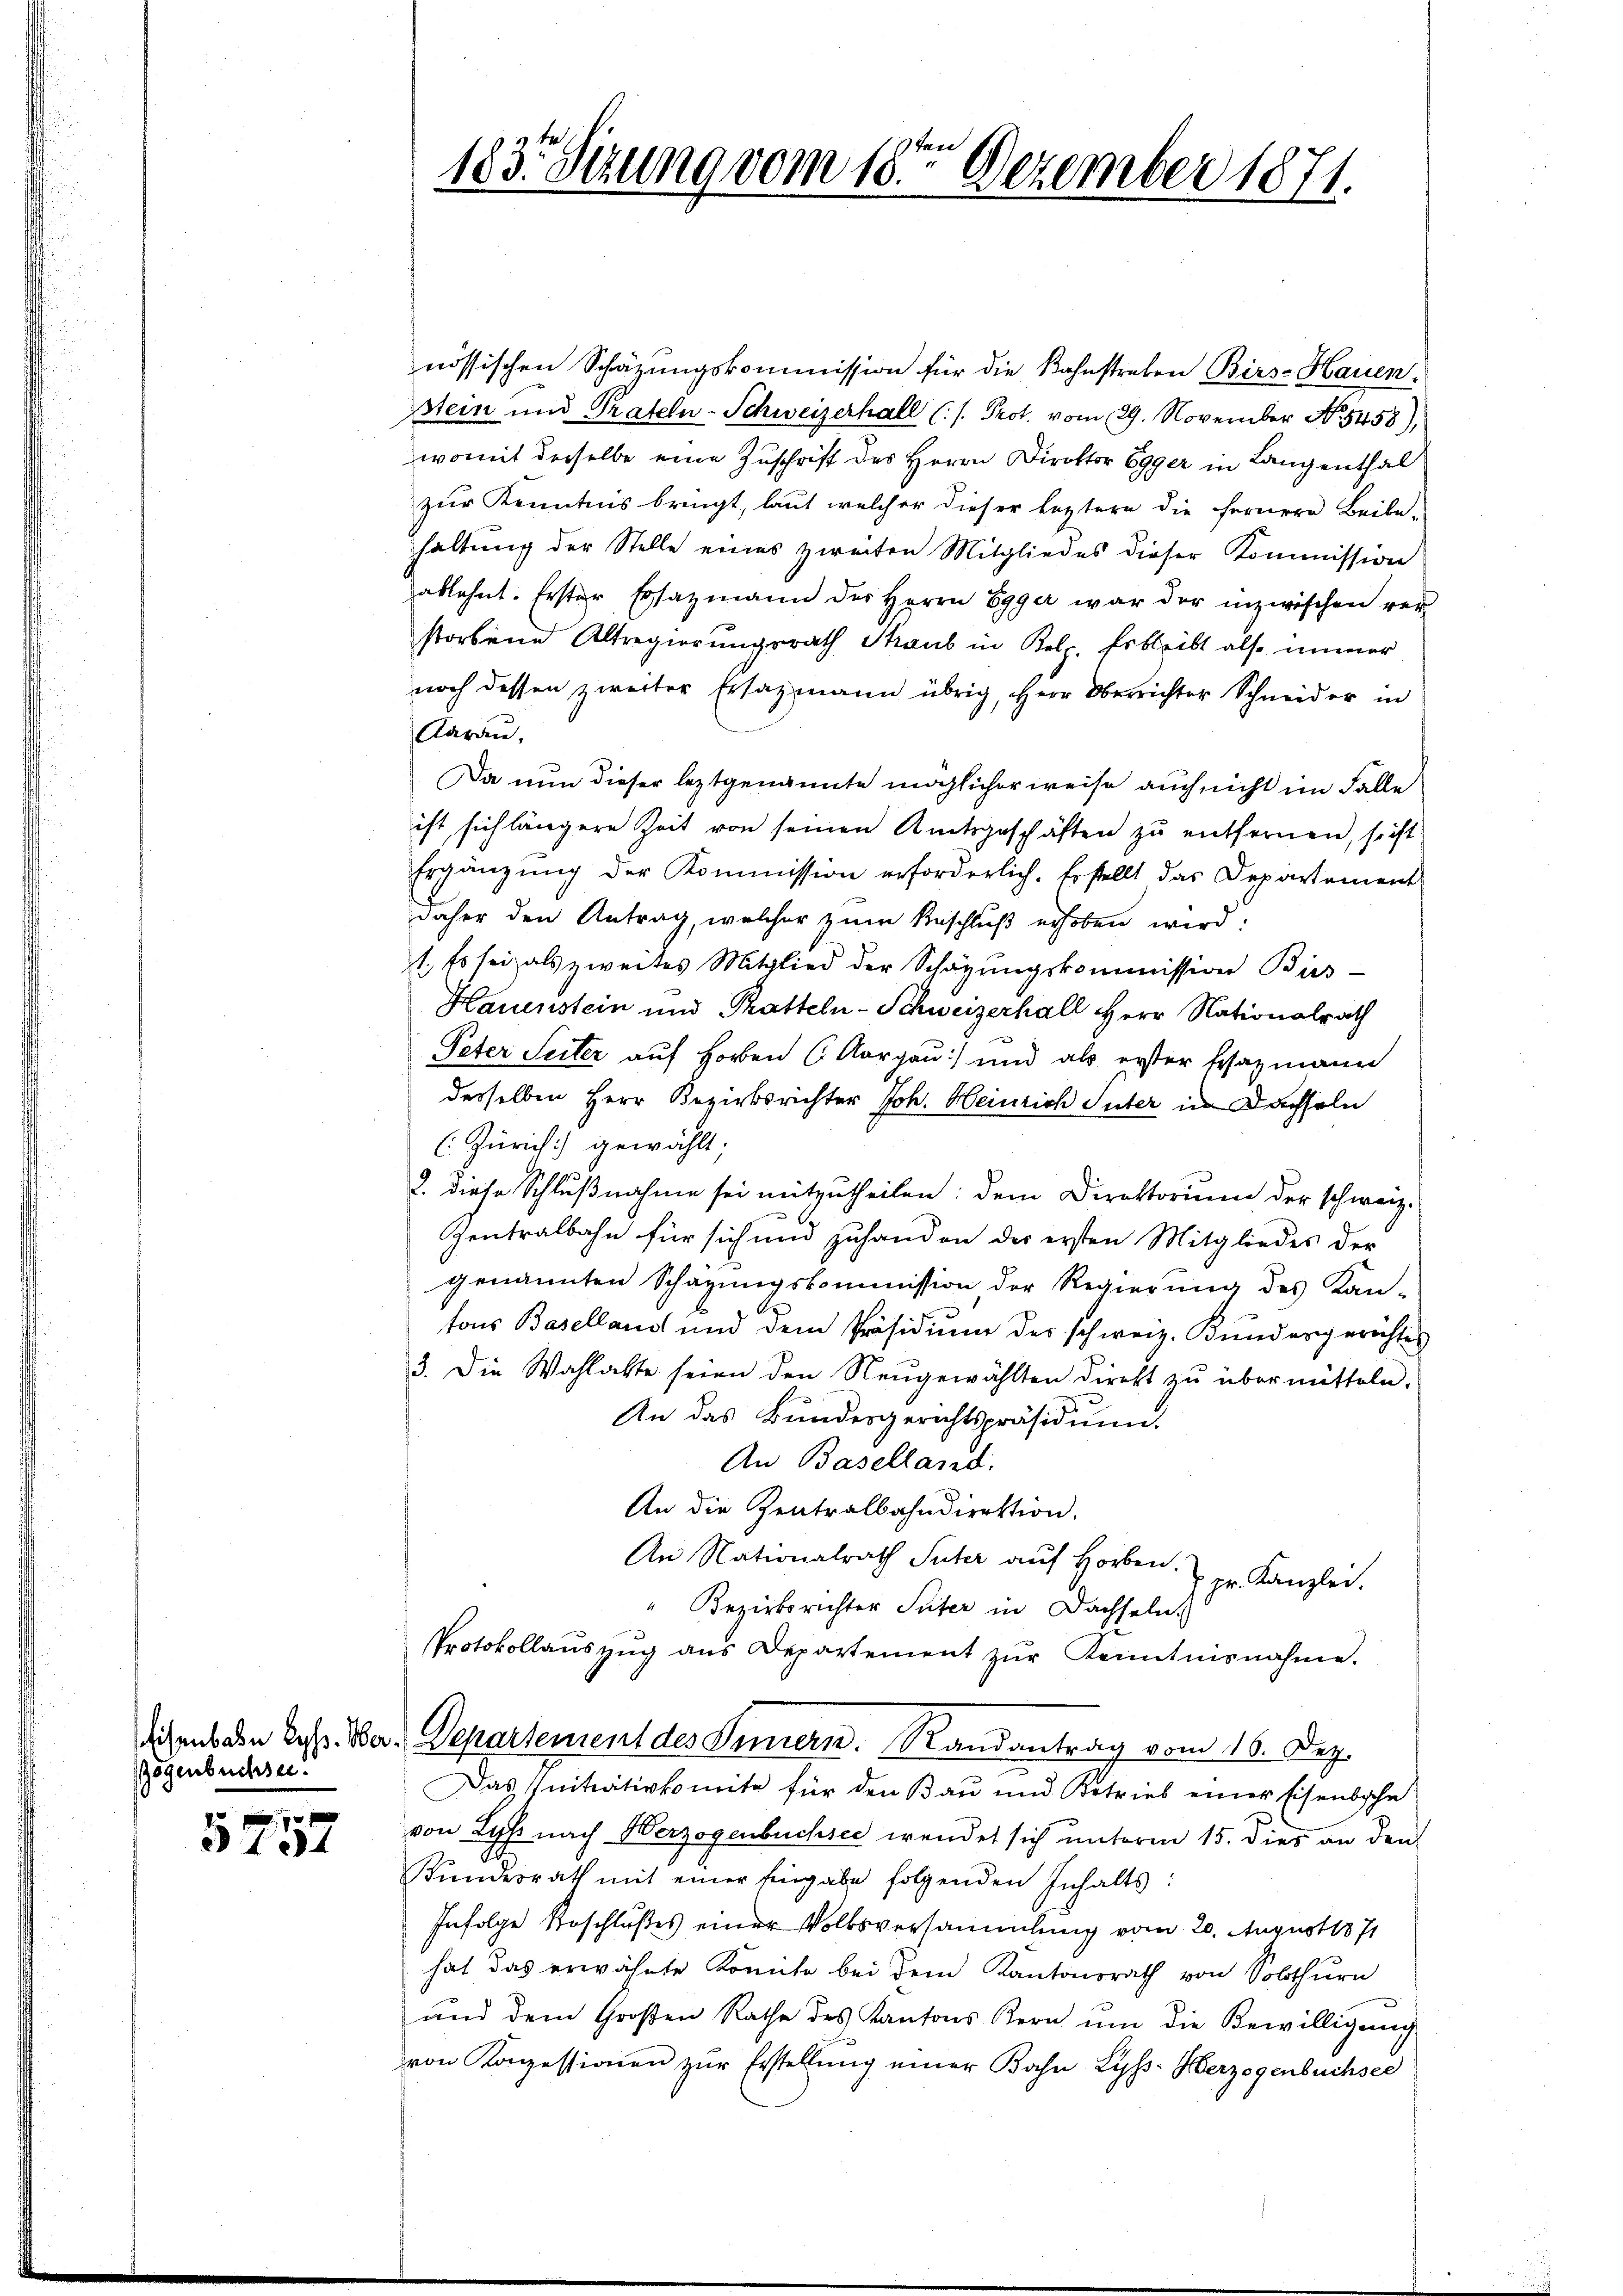
ogenbüchsee.

5757

nössischen Schätzungskommission für die Kahnstreben Birs-Hauen.
stein und Prafeln-Schweizerhall (s. Prot. vom 29. November N. 5458),
womit derselbe eine Zuschrift des Herrn Direktor Egger in Langenthal
zur Kenntnis bringt, laut welcher dieser leztern die fernere Beibe-
haltung der Stelle eines zweiten Mitgliedes dieser Kommission
ablehnt. Erster Ersatzmann des Herrn Egger war der inzwischen ver-
storbene Altregierungsrath Straub in Kel. Erbleibt also immer
noch dessen zweiter Ersatzmann übrig, Herr Oberrichter Schneider in
Aarau,
Da nun dieser leztgenannte möglicher weise auch nicht im Falle
ist sich längere Zeit von seinen Amtsgeschäften zu entfernen, so ist
Ergänzung der Kommission erforderlich. Erstellt das Departement
daher den Antrag, welcher zum Beschluß erhoben wird.
1. Es sei als zweites Mitglied der Schäzŭngskommission Bis
Hauenstein und Pratteln-Schweizerhall Herr Nationalrath
Peter Seiter auf Horben (Aargau) und als erster Eazmann
desselben Herr Bezirksrichter Joh. Heinrich Suter in Dachseln
(Zürich) gewählt;
2. diese Schlußnahme sei mitzutheilen: dem Direktorium der schweiz.
Zentralbahn für sich und zuhanden der ersten Mitgliedes der
genannten Schazungskommission der Regierung des Kan-
tons Baselland und dem Präsidium des schweiz. Bundergerichtes
3. Die Wahlakte seien den Neŭgewählten direkt zŭ übermitteln.
An das Bundesgerichtspräsidium.
An Baselland.
An die Zentralbahndirektion.
An Nationalrath Suter auf Horben.
pr. Kanzlei.
" Bezirksrichter Suter in Dachseln.
Protokollaŭszŭg ans Departement zŭr Kenntnisnahme.
dichens den lass. War. Departement des Innern. Randantrag vom 16. Dez.
Das Initiativkomite für den Bau und Betrieb einer Eisenbahn
von Lyss nach Herzogenbuchsee wendet sich unterm 15. dies an den
Kŭndesrath mit einer Eingabe folgenden Inhalts:
Infolge Beschlußes einer Volksversammlung vom 20. August 1871
hat das erwähnte Komite bei dem Kantonsrath von Solothurn
und dem Großen Rathe des Kantons Kern ŭm die Bewilligŭng
von Konzessionen zŭr Erstellŭng einer Bahn Lyss-Herzogenbüchsee

183. Sitzung vom 18te͇n Dezember 1871.